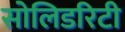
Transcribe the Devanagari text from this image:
सोलिडरिटी